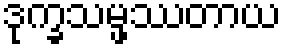
ဒုက္ခသမ္ဖဿတာယ